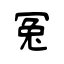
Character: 冤